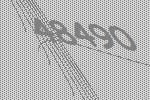
48490